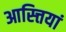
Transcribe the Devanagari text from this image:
आस्त्तियां